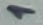
Text: 1